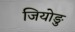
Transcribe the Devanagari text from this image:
जियोङु